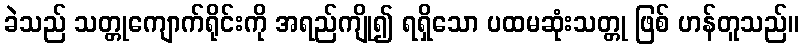
ခဲသည် သတ္တုကျောက်ရိုင်းကို အရည်ကျို၍ ရရှိသော ပထမဆုံးသတ္တု ဖြစ် ဟန်တူသည်။